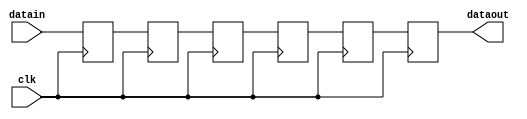
module delay1x6 (datain, dataout, clk);
    input[1 - 1:0] datain; 
    output[1 - 1:0] dataout; 
    wire[1 - 1:0] dataout;
    input clk; 
    reg[1 - 1:0] buff0; 
    reg[1 - 1:0] buff1; 
    reg[1 - 1:0] buff2; 
    reg[1 - 1:0] buff3; 
    reg[1 - 1:0] buff4; 
    reg[1 - 1:0] buff5; 
    reg[1 - 1:0] buff6; 
    reg[1 - 1:0] buff7; 
    assign dataout = buff5 ;
    always @(posedge clk)
    begin
       buff0 <= datain ; 
		buff1 <= buff0;
		buff2 <= buff1;
		buff3 <= buff2;
		buff4 <= buff3;
		buff5 <= buff4;
    end 
 endmodule